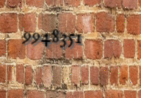
9948351